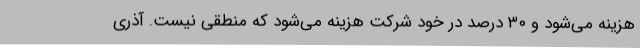
هزینه می‌شود و ۳۰ درصد در خود شرکت هزینه می‌شود که منطقی نیست. آذری